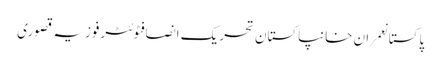
پاکستانعمران خانپاکستان تحریک انصافٹوئٹرفوزیہ قصوری